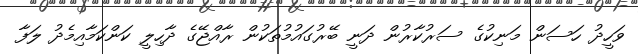
ވަހީދު ހަސަން މަނިކުގެ ސަރުކާރުން ދަނީ ބޭރުގައުމުތަކުން ރާއްޖޭގެ ދާހިލީ ކަންކަމާއިމެދު ލަފާ